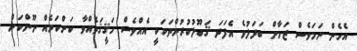
އެހެން ނަމަވެސް ޒަމާން ބަދަލުވެ އެފަދަ ޤަބޫލުކުރުންތަކަކީ އެއްވެސް ހަޤީޤަތެއްވާ ކަންކަމެއް ނޫންކަން